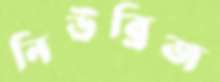
নিউব্রিজ